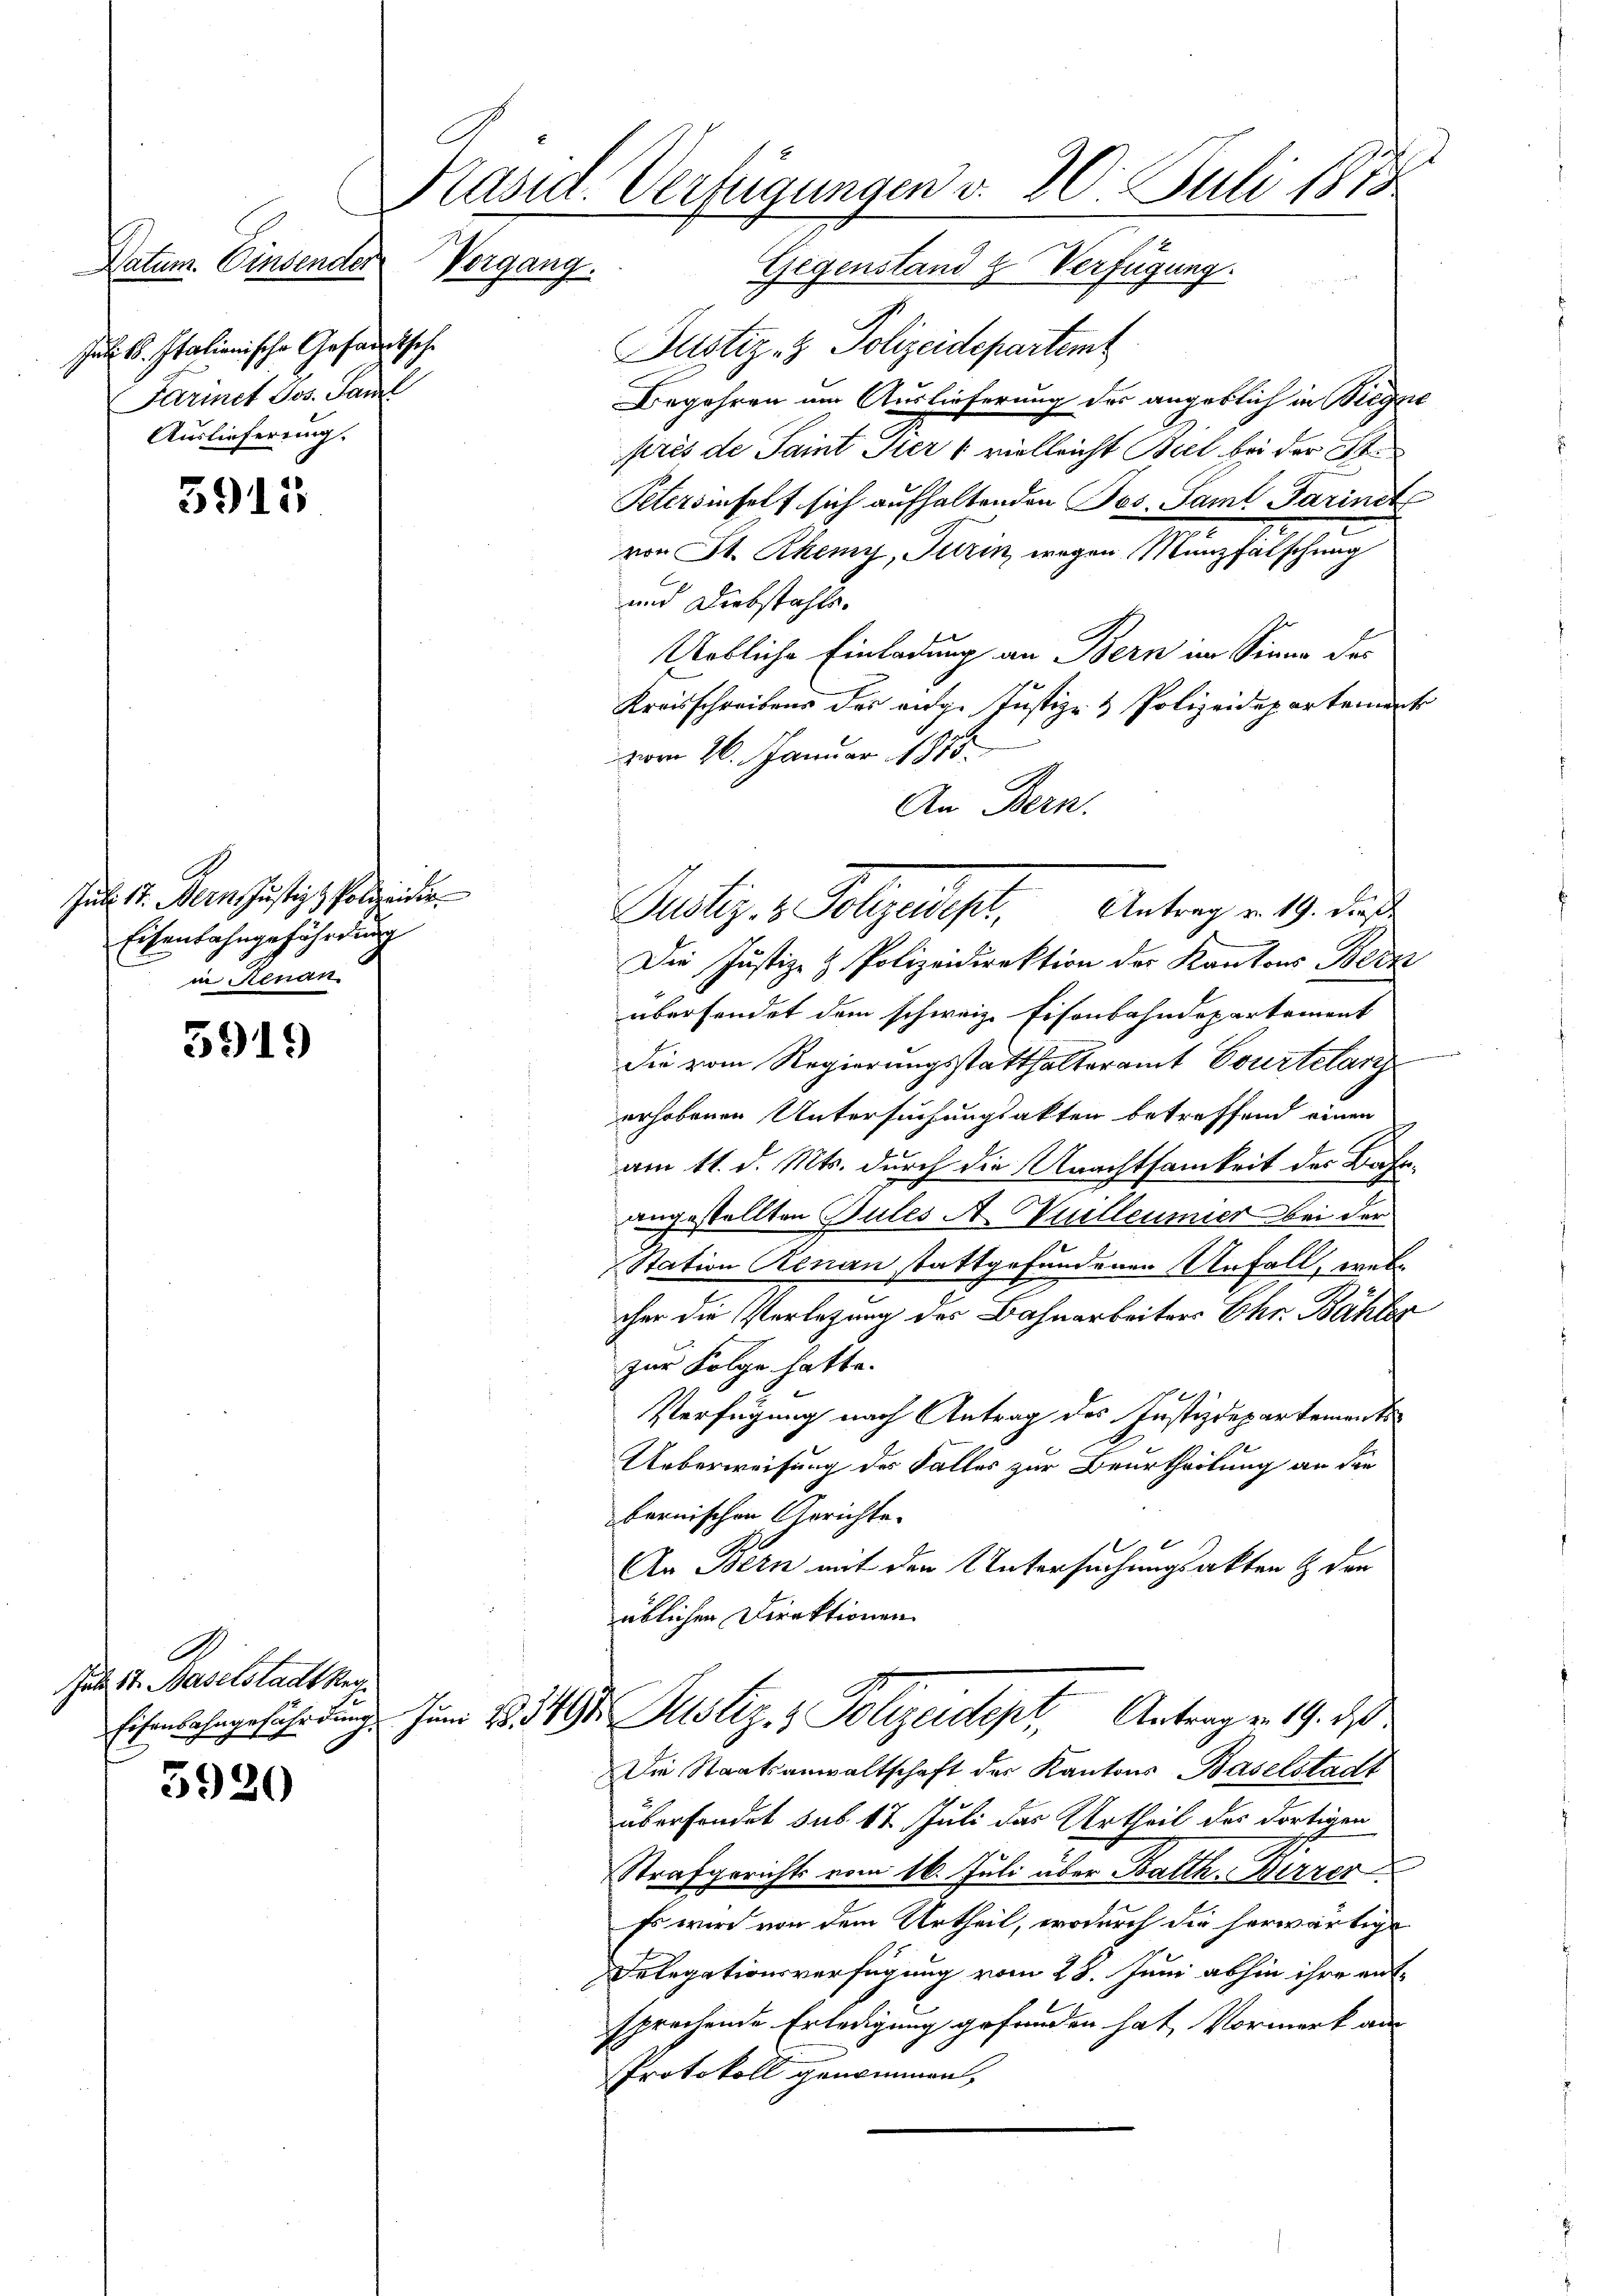
3915

Jul. 17. Bern Justiz, Polizeidir
Eisenbahngefährdung
in Renan

5919

A
Juli 17. Haselstadt Re

5920

Jul. 18. Italionische Gesandtsche
Parinet des Sand
Auslieferung.

.
Käsid. Verfügungen v. 20. Juli 1873
Datum. Einsender Vergang. Gegenstand & Verfügung.

Justiz- & Polizeidepartemt
Begehren um Auslieferung des angeblich in Bieg
près de Saint Tier (vielleicht Biel bei der St.
Petersinfelt sich aufhaltenden Pos. Samt Parinit
von St. Rhemy, Turin, wegen Münzfälschung
und Diebstahle.
Urbliche Einladung an Bern im Sinne der
Kreisschreibens des eidge Justiz- & Polizeidepartemen
vom 26. Januar 1815.
An Bern.
Die Justiz- & Polizeidirektion der Kantons Beck
übersendet dem schweiz. Eisenbahndepartement
die vom Regierungsstatthalteramt Courtelan
erhobenen Untersuchungsakten betreffend einen
am 11. d. Mts. durch die Unachtsamkeit der Bahn
angestellten Gutes A. Wuilleumier bei der
Station Renau stattgefundenen Unfall, welcher die Verlegung des Bahnarbeiters Ehr. Bähler
zur Folge hatte.
Verfügung nach Antrag des Justizdepartements
Ueberweisung des Falles zur Beurtheilung an den
bernischen Gerichte.
An Bern mit den Untersuchungsakten & der
üblichen Direktionen
Eisenbahngeführung. Juni 183494 Justiz- & Polizeidept, Antrag v. 19. ds.
Die Staatsanwaltschaft des Kantons Baselstadt
überfindet sub. 17 Juli das Urtheil des dortigen
Strafgerichts vom 16. Juli über Balth. Birrer
Es wird von dem Urtheil, wodurch die herwärtige
Delegationsverfügung vom 28. Juni abhin ihre ent-
sprechende Erledigung gefunden hat, Vormerk am
Protokoll genommen,

Justiz- & Polizeidigt. Antrag v. 19. dies